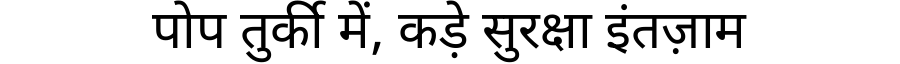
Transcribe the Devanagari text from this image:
पोप तुर्की में, कड़े सुरक्षा इंतज़ाम